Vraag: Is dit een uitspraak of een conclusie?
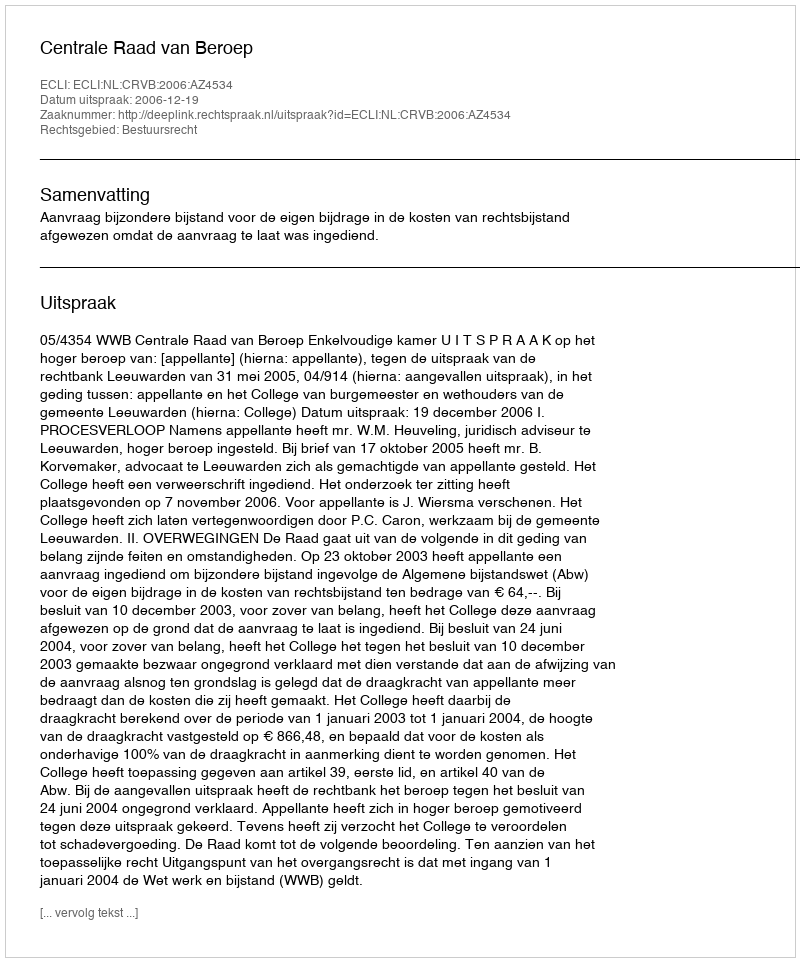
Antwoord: Uitspraak